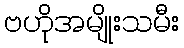
ဗဟိုအမျိုးသမီး